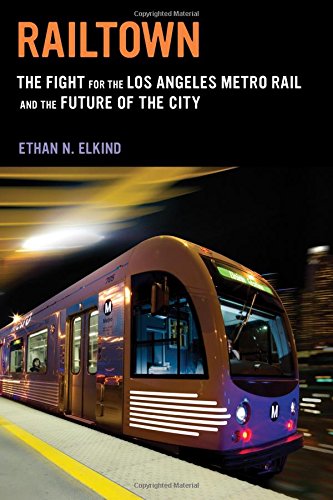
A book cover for Railtown: The Fight for the Los Angeles Metro Rail and the Future of the City; Ethan N. Elkind; Engineering & Transportation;